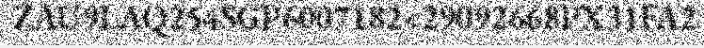
ZAU9LAQ254SGP6007182<29092668PX31FA2